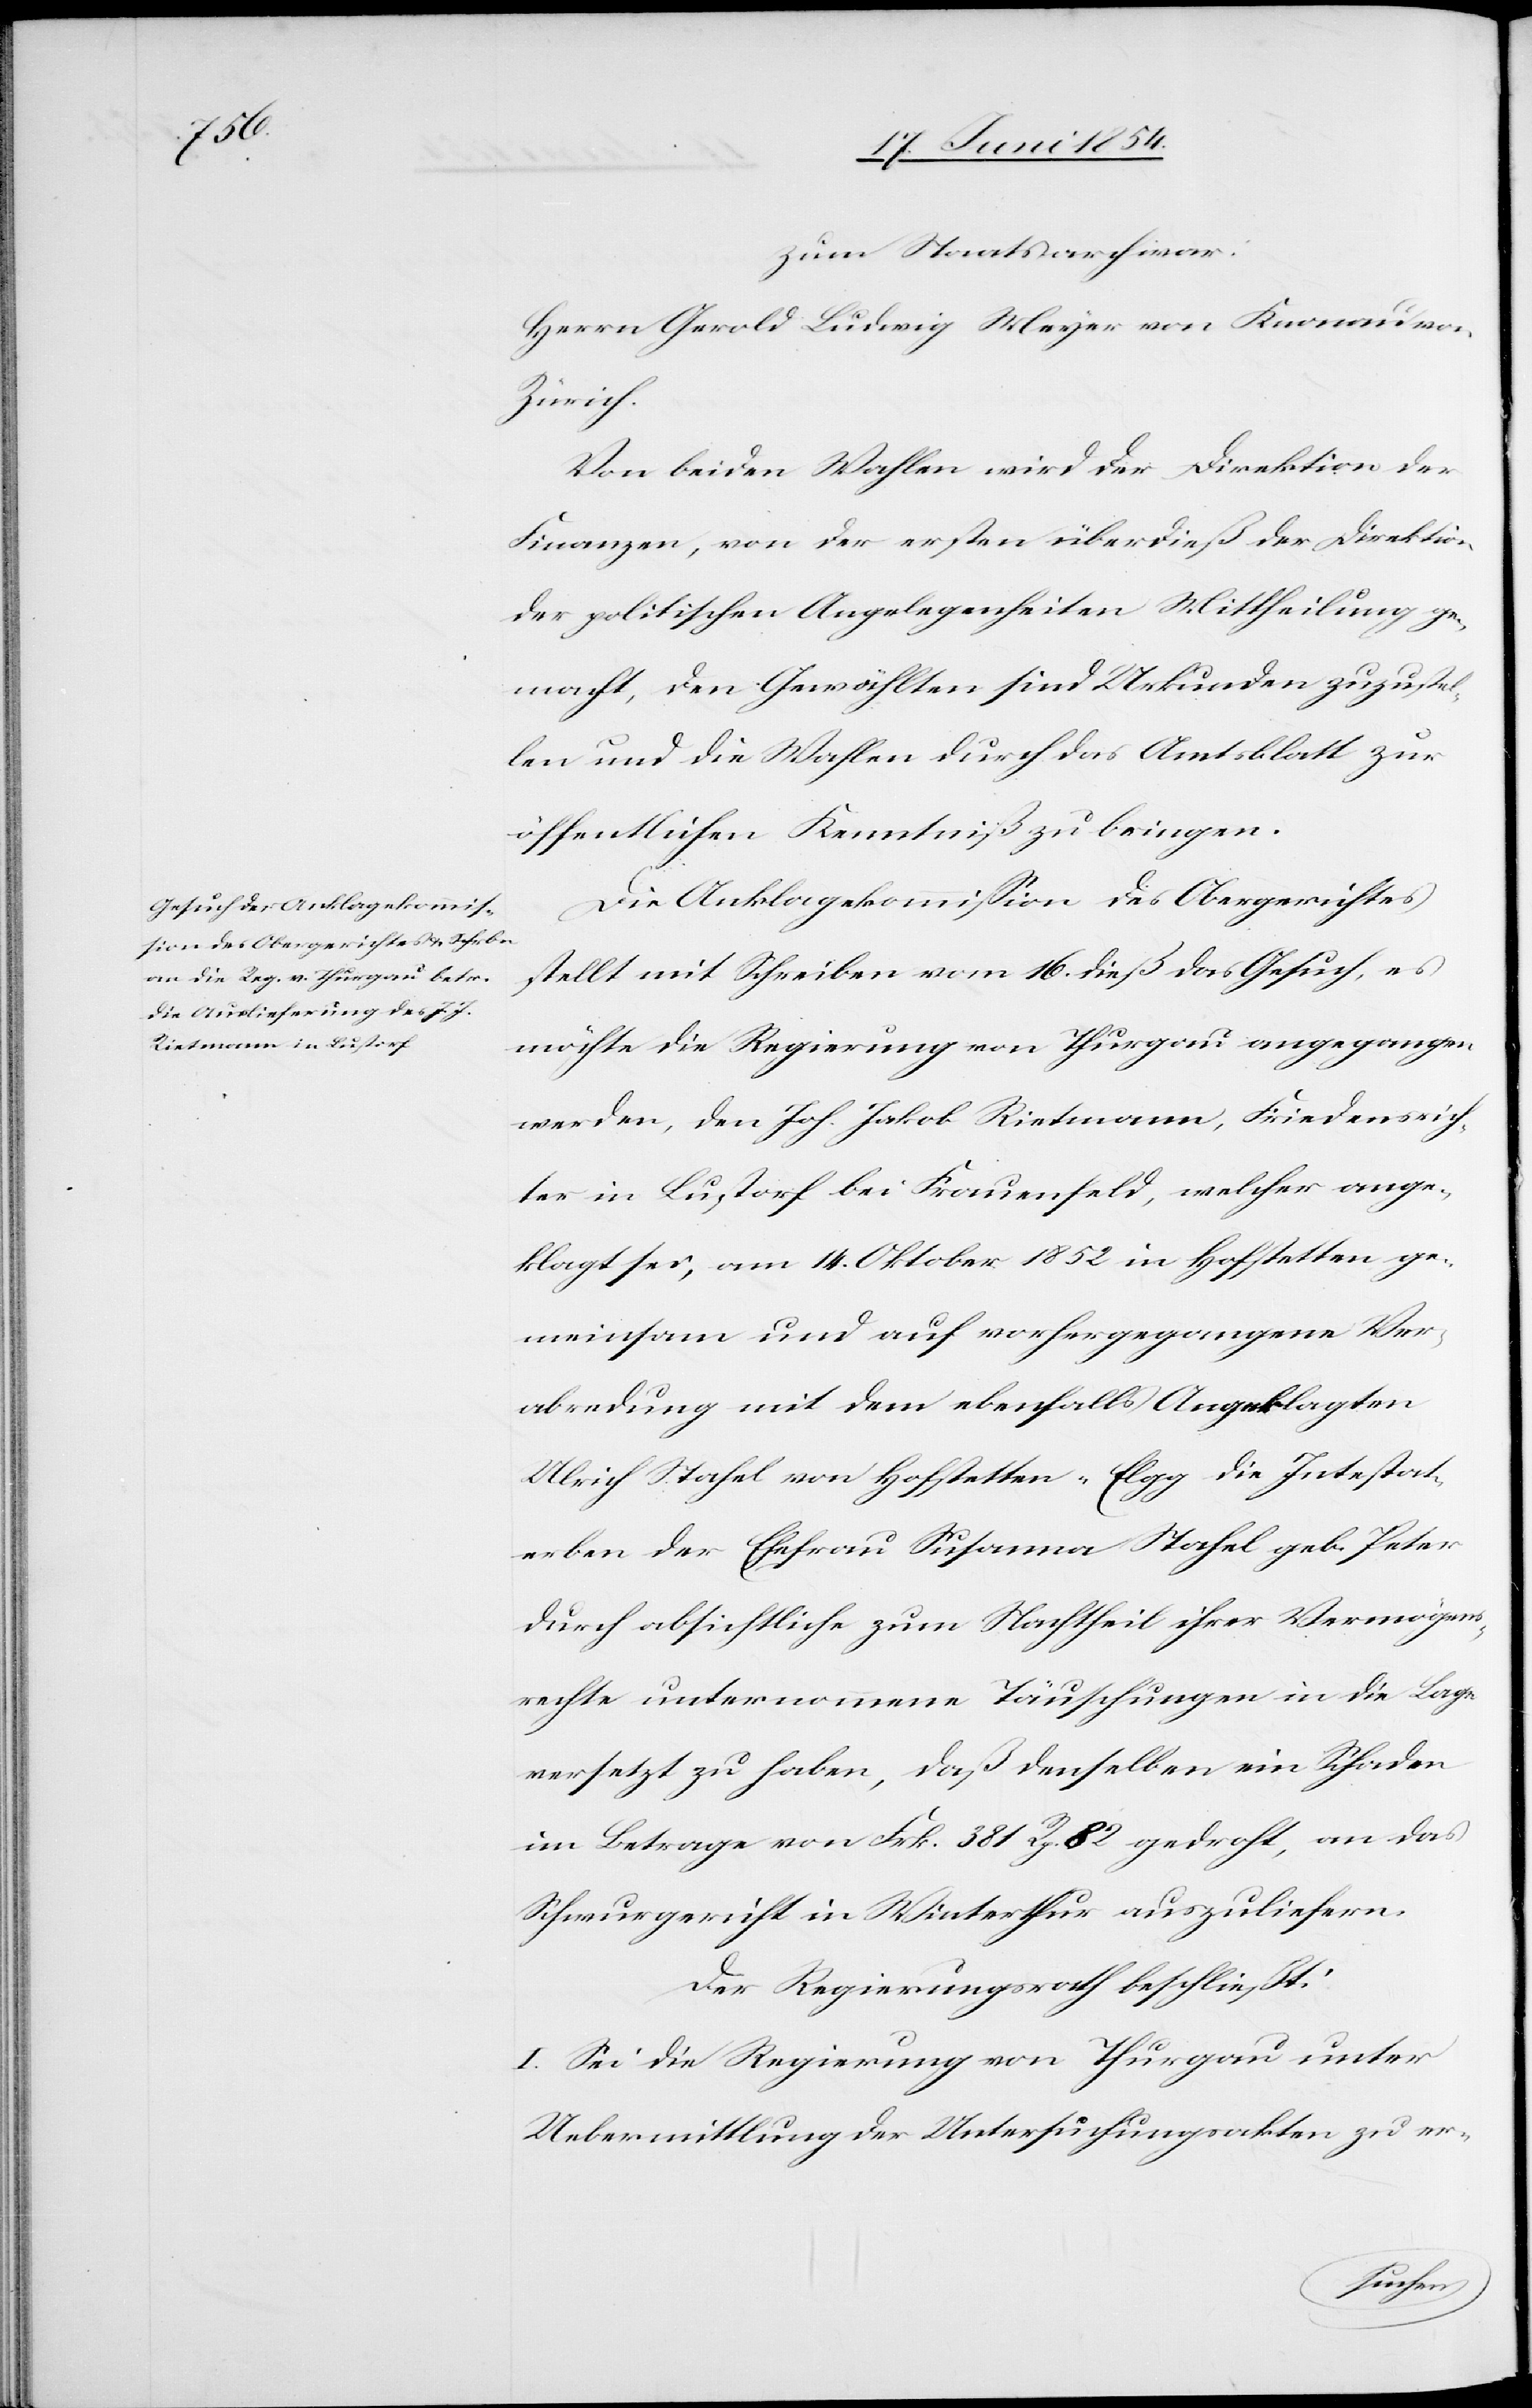
zum Staatsarchivar:
Herrn Gerold Ludwig Meyer von Knonau von
Zürich.
Von beiden Wahlen wird der Direktion der
Finanzen, von der ersten überdieß der Direktion
der politischen Angelegenheiten Mittheilung ge¬
macht, den Gewählten sind Urkunden zuzustel¬
len und die Wahlen durch das Amtsblatt zur
öffentlichen Kenntniß zu bringen.
Die Anklagekommißion des Obergerichtes
stellt mit Schreiben vom 16. dieß das Gesuch, es
möchte die Regierung von Thurgau angegangen
werden, den Joh. Jakob Rietmann, Friedenrich¬
ter in Lustorf bei Frauenfeld, welcher ange¬
klagt sei, am 14. Oktober 1852 in Hofsteten ge¬
meinsam und auf vorhergegangene Ver¬
abredung mit dem ebenfalls Angeklagten
Ulrich Stahel von Hofstetten-Elgg die Intestat¬
erben der Ehefrau Susanna Stahel geb. Peter
durch absichtliche zum Nachtheil ihrer Vermögens¬
rechte unternommene Täuschungen in die Lage
versetzt zu haben, daß denselben ein Schaden
im Betrage von Frk. 381 Rp. 82 gedroht, an das
Schwurgericht ein Winterthur auszuliefern.
Der Regierungsrath beschließt:
I. Sei die Regierung von Thurgau unter
Uebermittlung der Untersuchungsakten zu er-